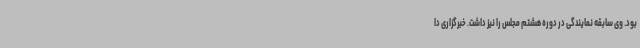
بود. وی سابقه نمایندگی در دوره هشتم مجلس را نیز داشت. خبرگزاری دا